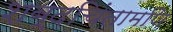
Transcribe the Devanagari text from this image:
शब्दचिंतामणि